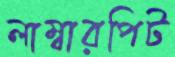
লাম্বারপিট